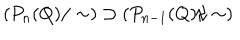
\left( P _ { n } ( Q ) / \sim \right) \supset \left( P _ { n - 1 } ( Q ) / \sim \right)